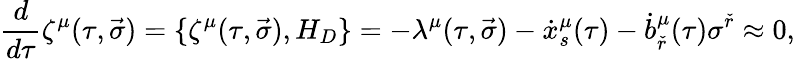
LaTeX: {\frac{d}{d\tau}}\zeta^{\mu}(\tau,\vec{\sigma})=\lbrace\zeta^{\mu}(\tau,\vec{\sigma}),H_{D}\rbrace=-\lambda^{\mu}(\tau,\vec{\sigma})-{\dot{x}}_{s}^{\mu}(\tau)-{\dot{b}}_{\check{r}}^{\mu}(\tau)\sigma^{\check{r}}\approx 0,